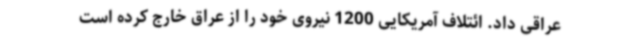
عراقی داد. ائتلاف آمریکایی 1200 نیروی خود را از عراق خارج کرده است